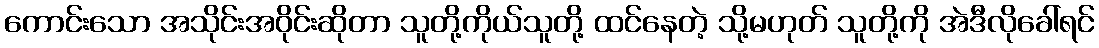
ကောင်းသော အသိုင်းအဝိုင်းဆိုတာ သူတို့ကိုယ်သူတို့ ထင်နေတဲ့ သို့မဟုတ် သူတို့ကို အဲဒီလိုခေါ်ရင်